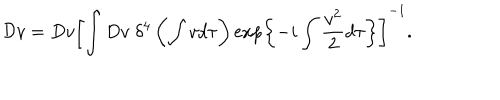
LaTeX: { \cal D } v = D v \left[ \int D v \; \delta ^ { 4 } \left( \int v d \tau \right) \exp \left\{ - i \int \frac { v ^ { 2 } } { 2 } d \tau \right\} \right] ^ { - 1 } .